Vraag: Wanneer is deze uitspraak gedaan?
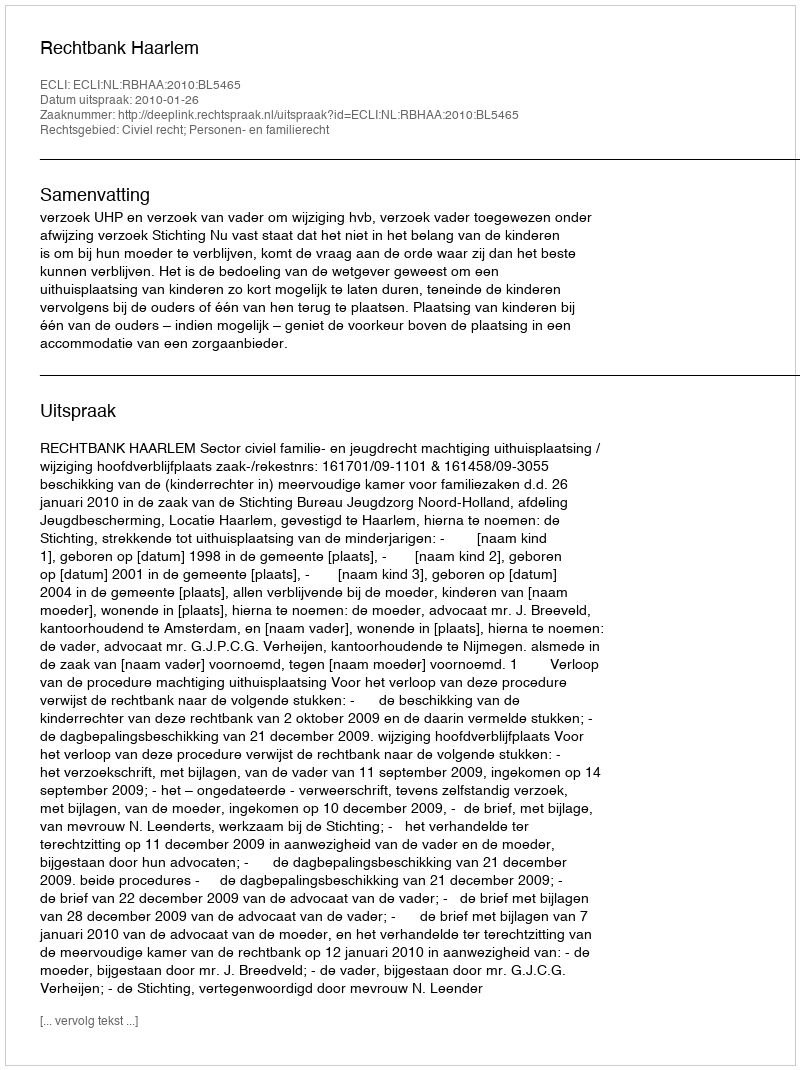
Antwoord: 2010-01-26